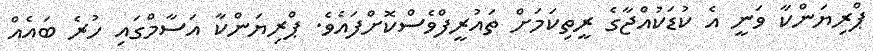
ޕްރިޔަންކާ ވަނީ އެ ކުޑަކުއްޖާގެ ރީތިކަމަށް ތައުރީފްވެސްކޮށްފައެވެ. ޕްރިޔަންކާ އަސާމްގައި ހުރެ ބައެއް